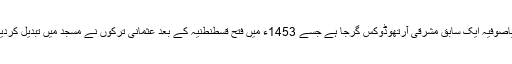
ایاصوفیہ ایک سابق مشرقی آرتھوڈوکس گرجا ہے جسے 1453ء میں فتح قسطنطنیہ کے بعد عثمانی ترکوں نے مسجد میں تبدیل کردیا۔